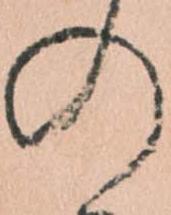
の